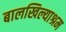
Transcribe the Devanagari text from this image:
बालखिल्याश्रम